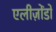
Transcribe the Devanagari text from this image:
एलीज़ोंडो